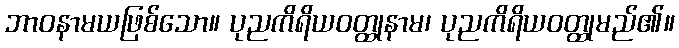
ဘာဝနာမယဖြစ်သော။ ပုညကိရိယဝတ္ထုနာမ၊ ပုညကိရိယဝတ္ထုမည်၏။